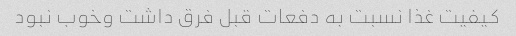
کیفیت غذا نسبت به دفعات قبل فرق داشت وخوب نبود